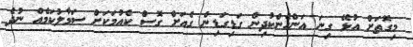
މިގޮތަށް އުޅޭ ގިނަ އަންހެންކުދިން ގަޑިގަޑިން ގެއަށް ގޮސް ކެއުމަކަށް ސަމާލުކަމެއް ނުދެ